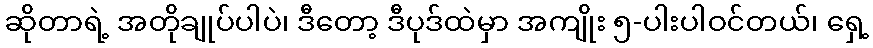
ဆိုတာရဲ့ အတိုချုပ်ပါပဲ၊ ဒီတော့ ဒီပုဒ်ထဲမှာ အကျိုး ၅-ပါးပါဝင်တယ်၊ ရှေ့